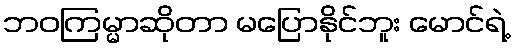
ဘဝကြမ္မာဆိုတာ မပြောနိုင်ဘူး မောင်ရဲ့